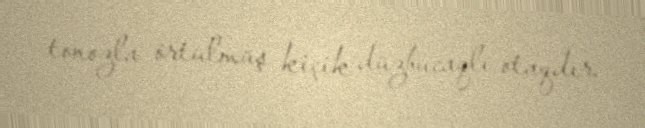
tonozla örtülmüş kiçik düzbucaqlı otaqdır.